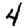
Digit: 4